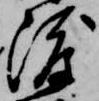
渡